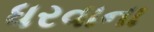
ધરવાના